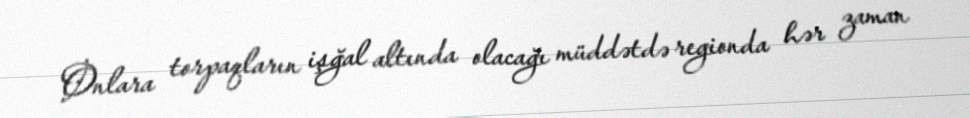
Onlara torpaqların işğal altında olacağı müddətdə regionda hər zaman